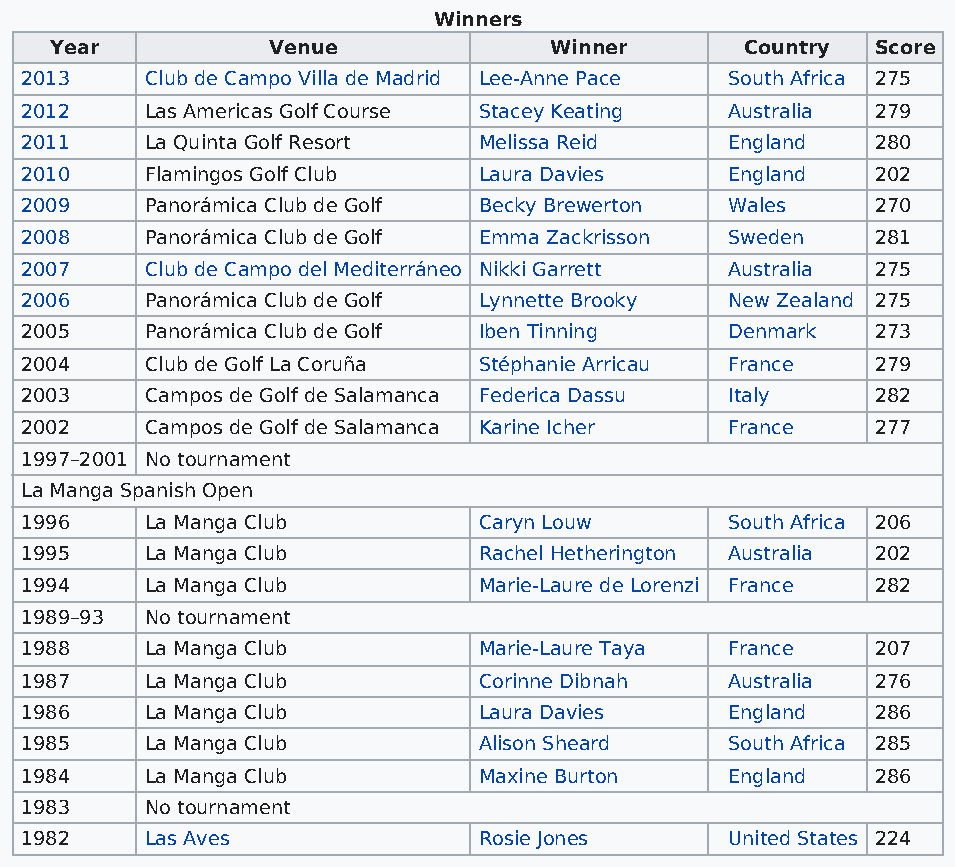
Winners
 Year           Venue             Winner       Country  Score
 2013     Club de Campo Villa de Madrid Lee-Anne Pace South Africa 275
 2012     Las Americas Golf Course Stacey Keating Australia 279
 2011     La Quinta Golf Resort Melissa Reid    England   280
 2010     Flamingos Golf Club   Laura Davies    England   202
 2009     Panorámica Club de Golf Becky Brewerton Wales   270
 2008     Panorámica Club de Golf Emma Zackrisson Sweden  281
 2007     Club de Campo del Mediterráneo Nikki Garrett Australia 275
 2006     Panorámica Club de Golf Lynnette Brooky New Zealand 275
 2005     Panorámica Club de Golf Iben Tinning  Denmark   273
 2004     Club de Golf La Coruña Stéphanie Arricau France 279
 2003     Campos de Golf de Salamanca Federica Dassu Italy 282
 2002     Campos de Golf de Salamanca Karine Icher France 277
 1997–2001 No tournament
 La Manga Spanish Open
 1996     La Manga Club         Caryn Louw      South Africa 206
 1995     La Manga Club         Rachel Hetherington Australia 202
 1994     La Manga Club         Marie-Laure de Lorenzi France 282
 1989–93  No tournament
 1988     La Manga Club         Marie-Laure Taya France   207
 1987     La Manga Club         Corinne Dibnah  Australia 276
 1986     La Manga Club         Laura Davies    England   286
 1985     La Manga Club         Alison Sheard   South Africa 285
 1984     La Manga Club         Maxine Burton   England   286
 1983     No tournament
 1982     Las Aves              Rosie Jones     United States 224